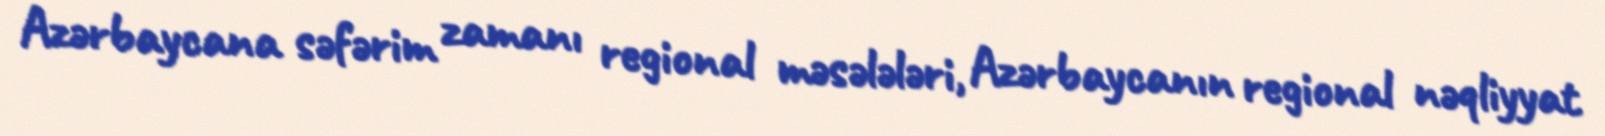
Azərbaycana səfərim zamanı regional məsələləri, Azərbaycanın regional nəqliyyat